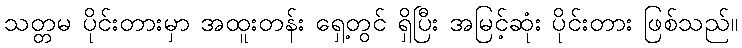
သတ္တမ ပိုင်းတားမှာ အထူးတန်း ရှေ့တွင် ရှိပြီး အမြင့်ဆုံး ပိုင်းတား ဖြစ်သည်။